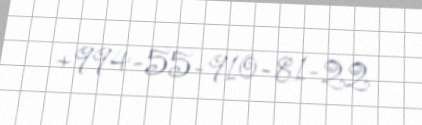
+994-55-910-81-22